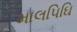
માલપિઘિ